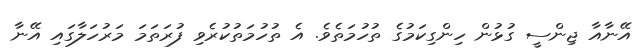
އޭނާއާ ޖިންސީ ގުޅުން ހިންގިކަމުގެ ތުހުމަތެވެ. އެ ތުހުމަތުކުރެވި ފުރަތަމަ މަރުހަލާގައި އޭނާ